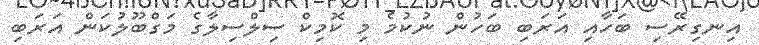
އިނގިރޭސި ބަހާއި އަރަބި ބަހުން ނުކުމެ މި ކޮމިކް ސިލްސިލާގެ މަގްބޫލުކަން އަރަބި